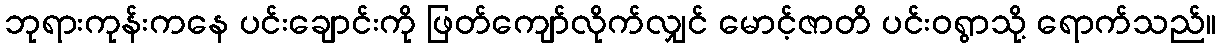
ဘုရားကုန်းကနေ ပင်းချောင်းကို ဖြတ်ကျော်လိုက်လျှင် မောင့်ဇာတိ ပင်းဝရွာသို့ ရောက်သည်။